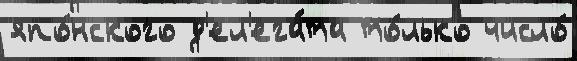
япо́нского д'ел'ега́та то́лько число́